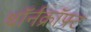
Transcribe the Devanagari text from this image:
थॉर्नक्रॉफ्ट